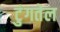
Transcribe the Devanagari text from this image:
टुंगतेल